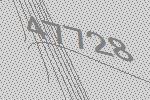
47728